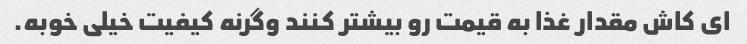
ای کاش مقدار غذا به قیمت رو بیشتر کنند وگرنه کیفیت خیلی خوبه.